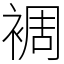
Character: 裯